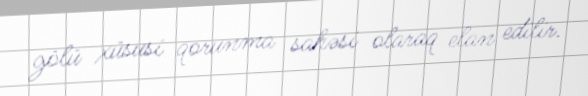
gölü xüsusi qorunma sahəsi olaraq elan edilir.